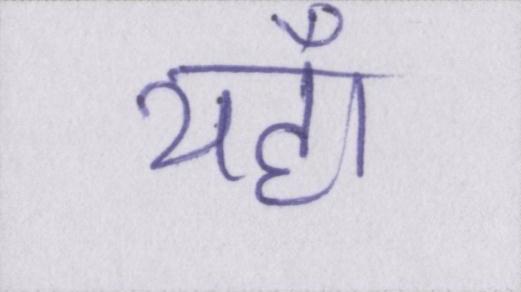
यहाँ